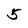
Character: 5